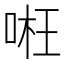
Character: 𠶖